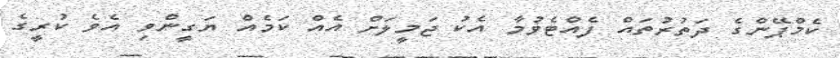
ކެމްޕޭންގެ ދަތުރުތައް ފެއްޓެވުމާ އެކު ޖަމީލަށް އެއް ކަމެއް ޔަގީންވި އެވެ ކުރީގެ